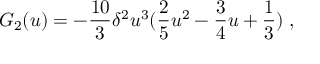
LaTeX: G _ { 2 } ( u ) = - { \frac { 1 0 } { 3 } } \delta ^ { 2 } u ^ { 3 } ( { \frac { 2 } { 5 } } u ^ { 2 } - { \frac { 3 } { 4 } } u + { \frac { 1 } { 3 } } ) \; ,